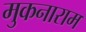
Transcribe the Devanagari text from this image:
मुकनाराम